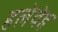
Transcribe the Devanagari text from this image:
हलेवेह